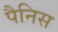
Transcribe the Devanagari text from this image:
पैनिस